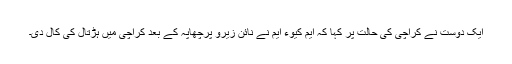
ایک دوست نے کراچی کی حالت پر کہا کہ ایم کیوء ایم نے نائن زیرو پرچھاپہ کے بعد کراچی میں ہڑتال کی کال دی۔